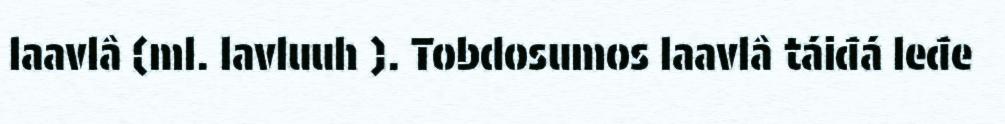
laavlâ (ml. lavluuh ). Tobdosumos laavlâ táiđá leđe